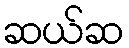
ဆယ်ဆ